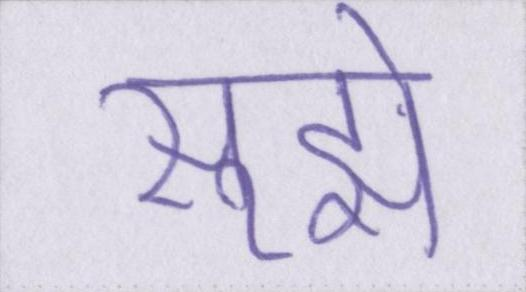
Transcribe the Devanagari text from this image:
सूझे